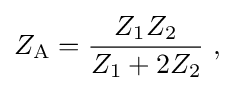
Z_{\mathrm {A} }={\frac {Z_{1}Z_{2}}{Z_{1}+2Z_{2}}}\ ,\!